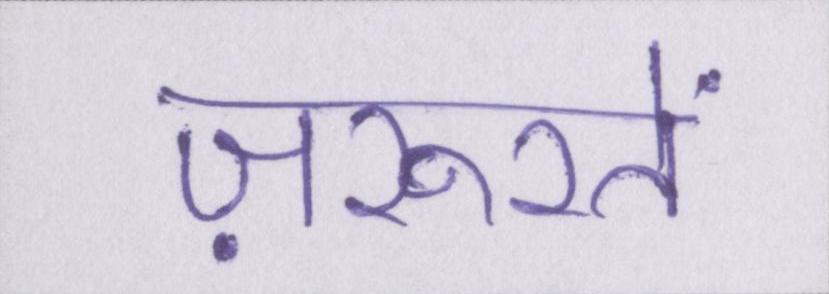
ज़रूरतें